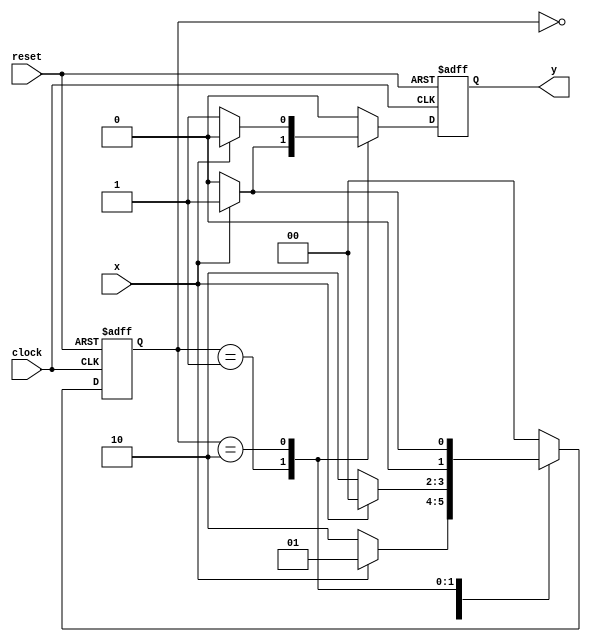
/////////////////////////////////////////////////
// MEALY MACHINE
// * Output depends on present state and inputs
// * A program to detect a pair of 1's or 0's 
// 	 in an infinite input code
////////////////////////////////////////////////

module Mealy_Machine(clock, reset, x, y);
input clock, reset, x;
output y;
reg [1:0] state;
reg y;

// Register Logic
parameter S0 = 2'b00;
parameter S1 = 2'b01;
parameter S2 = 2'b10;
parameter S3 = 2'b11;

// Next State and Output Logic
always @(posedge clock, posedge reset) 
	begin
		if(reset) 
			begin
				state <= S0;
				y <= 0;
			end
		else  
			begin
			   case(state)
					S0: 
						begin
							if(x) 
								begin
									state <= S1;
									y  <= 0;
								end
							else 
								begin
								state <= S2;
								y <= 0;
								end
						end
					S1: 
						begin
							if(x) 
								begin
									state <= S0;
									y  <= 1;
							end
							else  
								begin
								   state <= S2;
								   y <= 0;
							end
					   end
					S2: 
						begin
							if(x) 
								begin
									state <= S1;
									y  <= 0;
							end
							else 
								begin
								   state <= S0;
								   y <= 1;
							end
						end
					default: 
						begin
							state <= S0;
							y <= 0;
						end
			endcase
		end
	end
endmodule